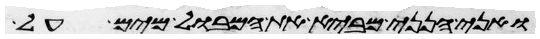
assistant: ואני הנני מביא את המבול מים על